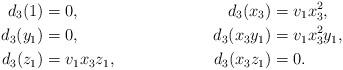
LaTeX: \begin{align*}d_3(1) &=0, & d_3(x_3)&= v_1 x_3^2, \\d_3(y_1) &=0, & d_3(x_3y_1)&=v_1x_3^2 y_1, \\d_3(z_1) &=v_1x_3 z_1, & d_3(x_3z_1)&=0.\end{align*}